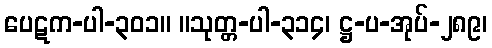
ပေဋက-ပါ-၃၀၁။ ။သုတ္တ-ပါ-၃၁၄၊ ဋ္ဌ-ပ-အုပ်-၂၈၉၊